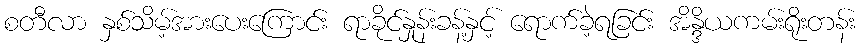
စတီလာ နှစ်သိမ့်အားပေးကြောင်း ရာခိုင်နှုန်းခန့်နှင့် ရောက်ခဲ့ရခြင်း အိန္ဒိယကမ်းရိုးတန်း